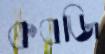
কবজি